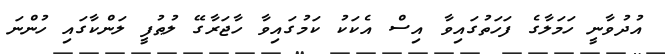
އުދުވާނީ ހަމަލާގެ ފަހަތުގައިވާ އިސް އެކަކު ކަމުގައިވާ ހާޖަރާގޭ ލުޠުފީ ލަންކާގައި ހުންނަ